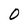
Character: 0